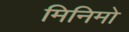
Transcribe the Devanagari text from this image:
मिनिमो